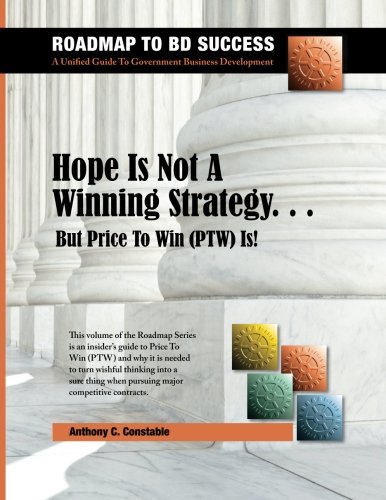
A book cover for Hope Is Not A Winning Strategy... But Price To Win (PTW) Is!; Anthony C. Constable; Business & Money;